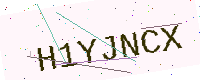
Text: H1YJNCX